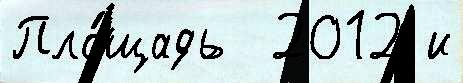
Пло́щадь  2012 и